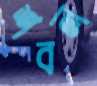
শবল